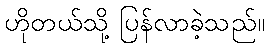
ဟိုတယ်သို့ ပြန်လာခဲ့သည်။